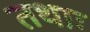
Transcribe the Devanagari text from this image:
तथाः